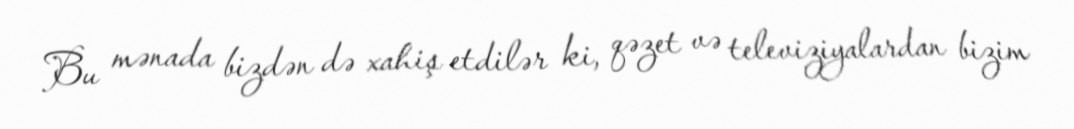
Bu mənada bizdən də xahiş etdilər ki, qəzet və televiziyalardan bizim